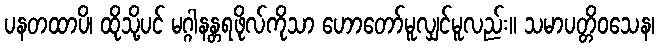
ပနတထာပိ၊ ထိုသို့ပင် မဂ္ဂါနန္တရဖိုလ်ကိုသာ ဟောတော်မူလျှင်မူလည်း။ သမာပတ္တိဝသေန၊